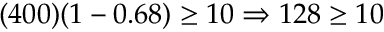
( 4 0 0 ) ( 1 - 0 . 6 8 ) \geq 1 0 \Rightarrow 1 2 8 \geq 1 0